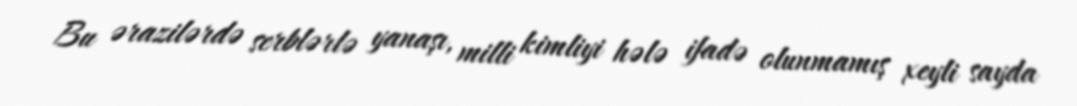
Bu ərazilərdə serblərlə yanaşı, milli kimliyi hələ ifadə olunmamış xeyli sayda